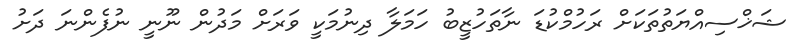
ޝަޚްސިއްޔަތުތަކަށް ރަހުމްކުޑަ ނާތަހުޒީބު ހަމަލާ ދިނުމަކީ ވަރަށް މަދުން ނޫނީ ނުފެންނަ ދަށު